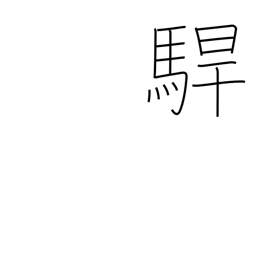
Meaning: rage